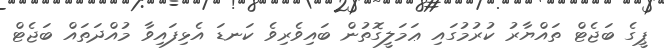
ޕީގެ ބަޖެޓް ތައްޔާރު ކުރުމުގައި ޢަމަލީގޮތުން ބައިވެރިވެ ކަނޑަ އެޅިފައިވާ މުއްދަތައް ބަޖެޓް